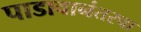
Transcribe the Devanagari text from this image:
पाडावानंतरचा